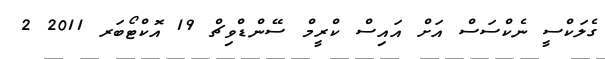
ގެލަކްސީ ނެކްސަސް އަށް އައިސް ކްރީމް ސޭންޑްވިޗް 19 އޮކްޓޯބަރ 2011 2